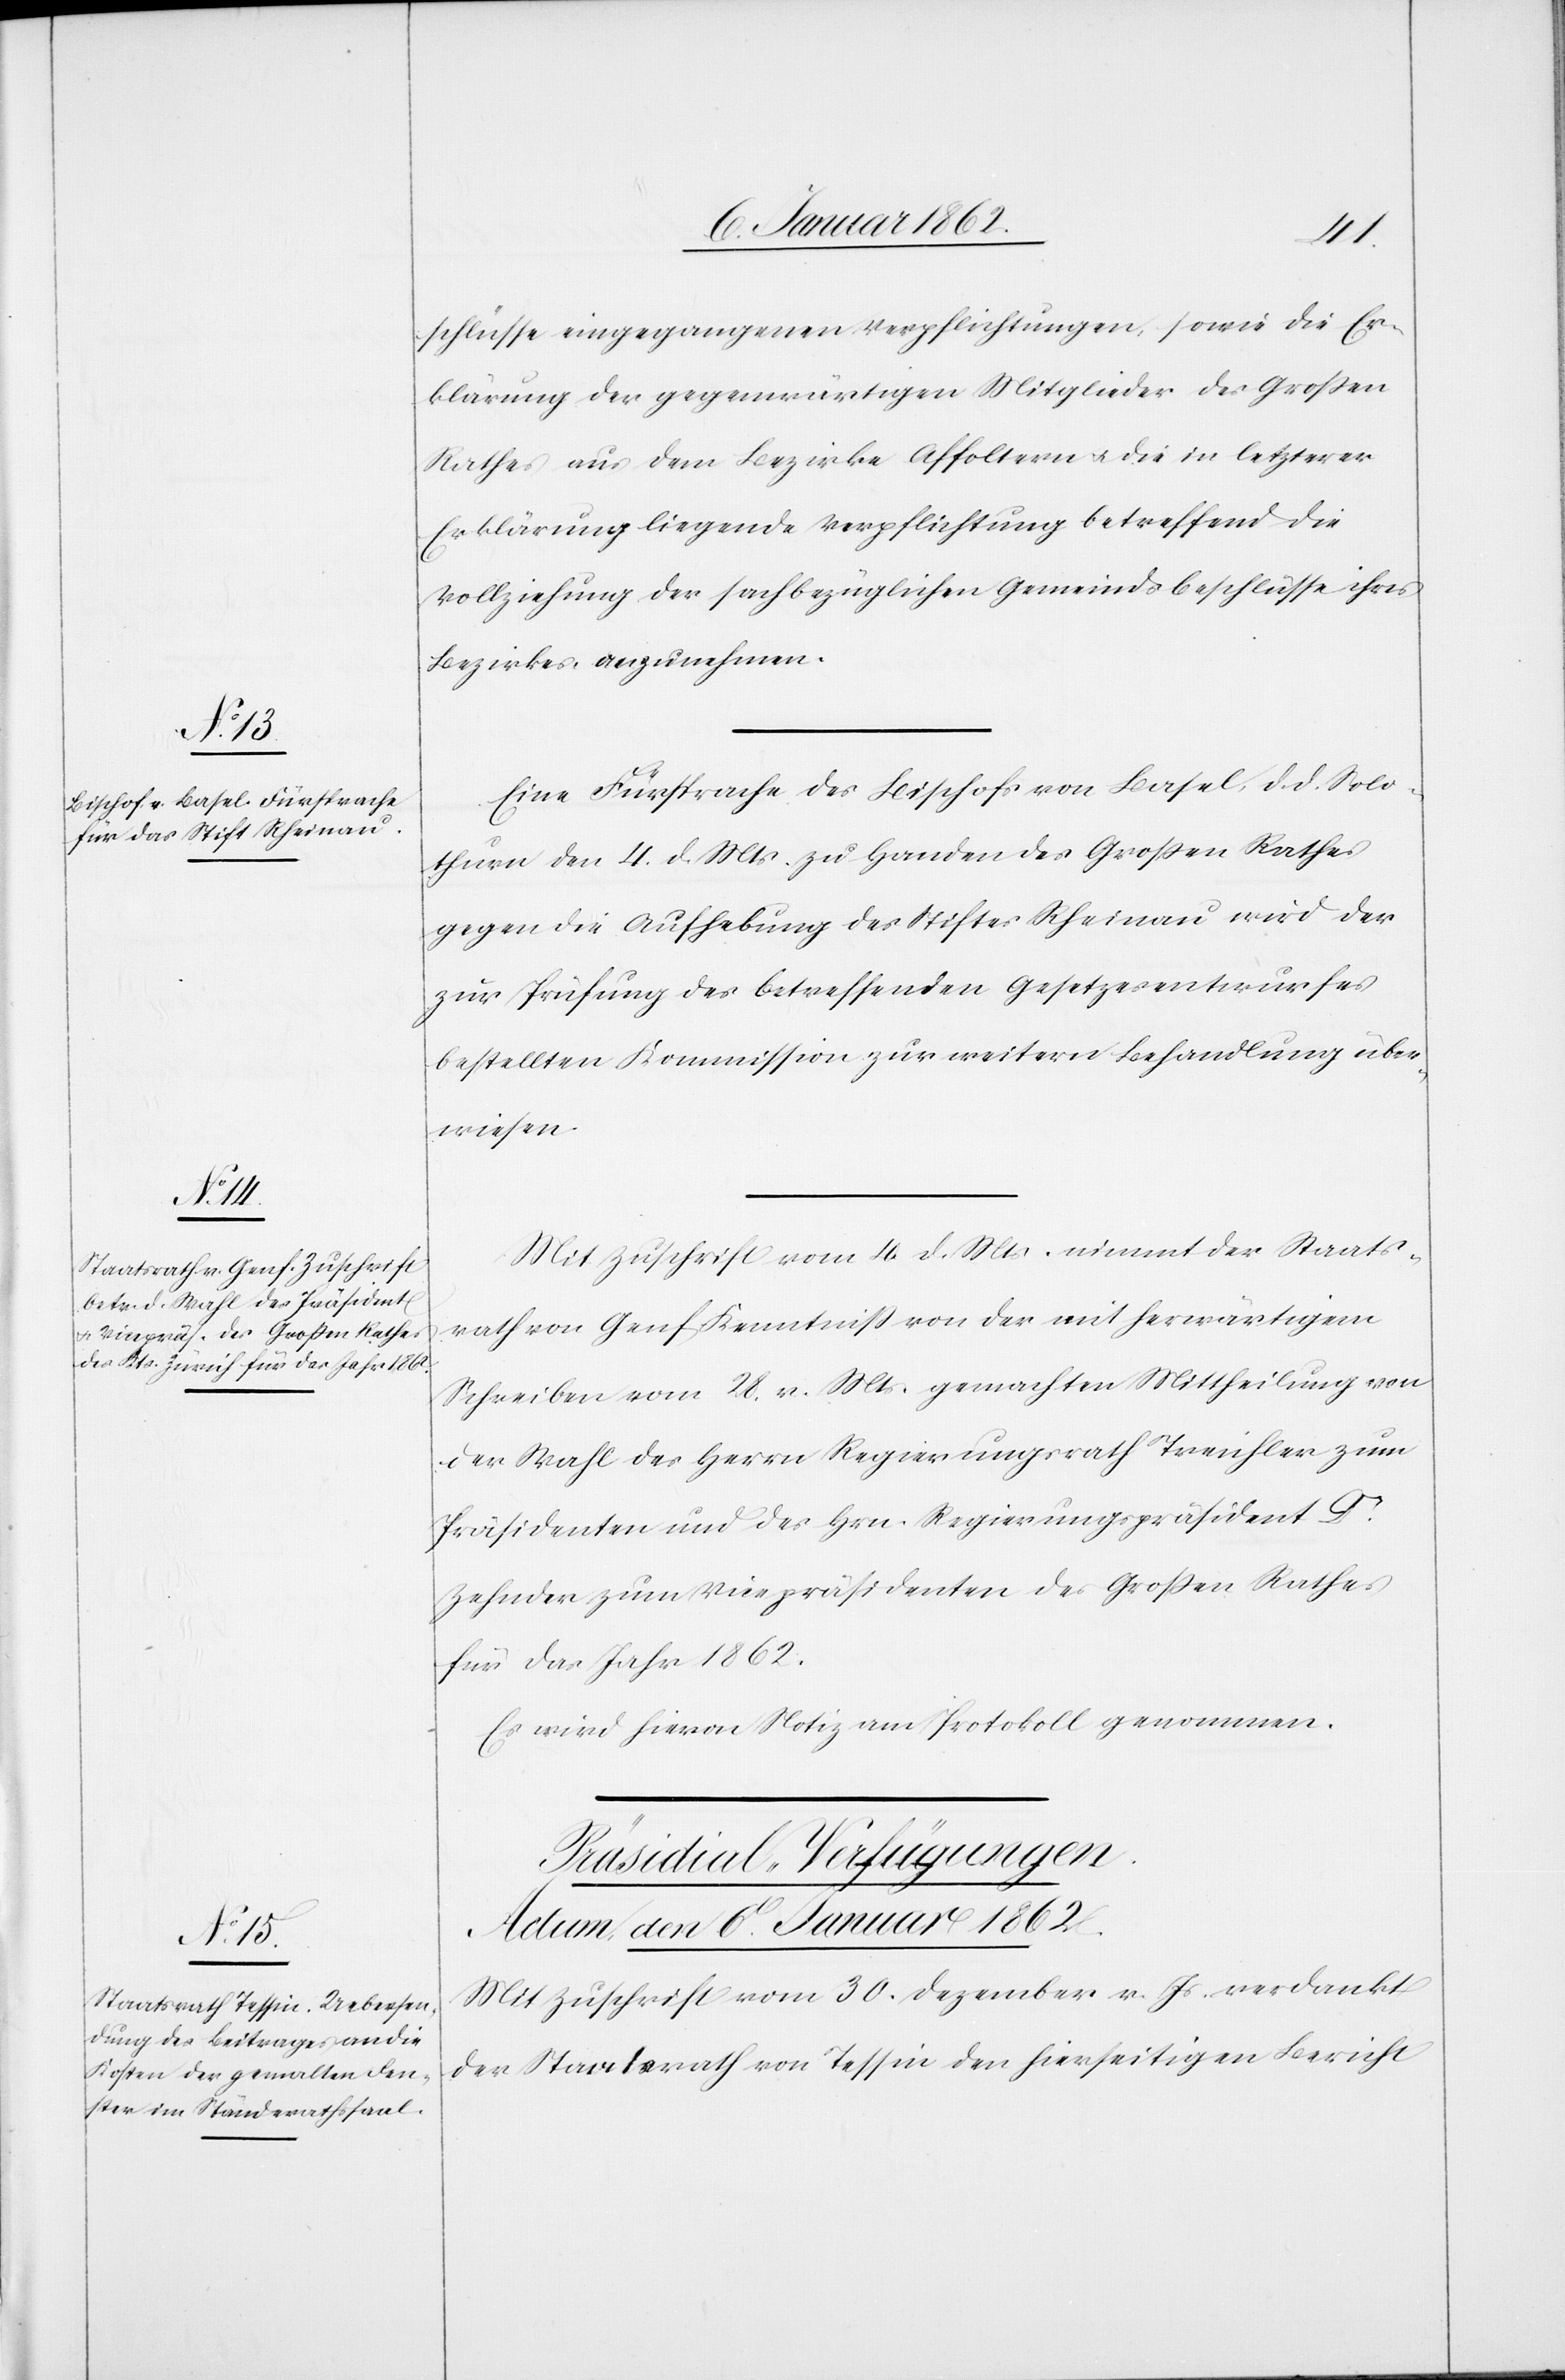
schlüsse eingegangenen Verpflichtungen, sowie die Er¬
klärung der gegenwärtigen Mitglieder des Großen
Rathes aus dem Bezirke Affoltern u. die in letzterer
Erklärung liegende Verpflichtung betreffend die
Vollziehung der sachbezüglichen Gemeindsbeschlüsse ihres
Bezirkes anzunehmen.
Eine Fürsprache des Bischofs von Basel, d. d. Solo¬
thurn den 4. d. Mts. zu Handen des Großen Rathes
gegen die Aufhebung des Stiftes Rheinau wird der
zur Prüfung des betreffenden Gesetzesentwurfes
bestellten Kommission zur weitern Behandlung über¬
wiesen.
Mit Zuschrift vom 4 d. Mts. nimmt der Staats¬
rath von Genf Kenntniß von der mit herwärtigem
Schreiben vom 28. v. Mts. gemachten Mittheilung von
der Wahl des Herrn Regierungsrath Treichler zum
Präsidenten und des Hrn. Regierungspräsident Dr.
Zehner zum Vicepräsidenten des Großen Rathes
für das Jahr 1862.
evon Notiz am Protokoll genommen.
Es wird hi¬
Präsidial-Verfügungen.
Actum, den 6t. Januar 1862.
Mit Zuschrift vom 30. Dezember v. Js. verdankt
der Staatsrath von Tessin den hierseitigen Bericht